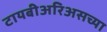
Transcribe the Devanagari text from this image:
टायबीअरिअसच्या